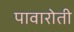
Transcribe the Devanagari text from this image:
पावारोती